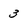
Character: 3